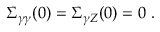
\Sigma _ { \gamma \gamma } ( 0 ) = \Sigma _ { \gamma Z } ( 0 ) = 0 ~ .